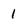
Character: 1